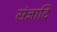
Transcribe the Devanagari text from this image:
संज्ञादि